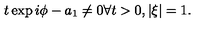
t \exp i \phi - a _ { 1 } \neq 0 \forall t > 0 , | \xi | = 1 .